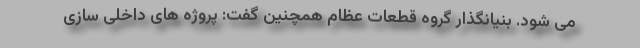
می شود. بنیانگذار گروه قطعات عظام همچنین گفت: پروژه های داخلی سازی